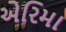
એરિમા